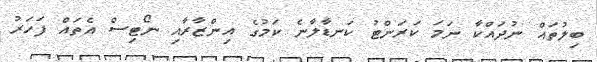
ބިލުތައް ނުދައްކާ ނަމަ ކަރަންޓު ކަނޑާލާނެ ކަމުގެ އިންޒާރާއި ނޯޓިސް އެތައް ފަހަރު